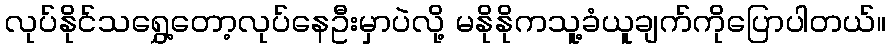
လုပ်နိုင်သရွှေ့တော့လုပ်နေဦးမှာပဲလို့ မနိုနိုကသူ့ခံယူချက်ကိုပြောပါတယ်။